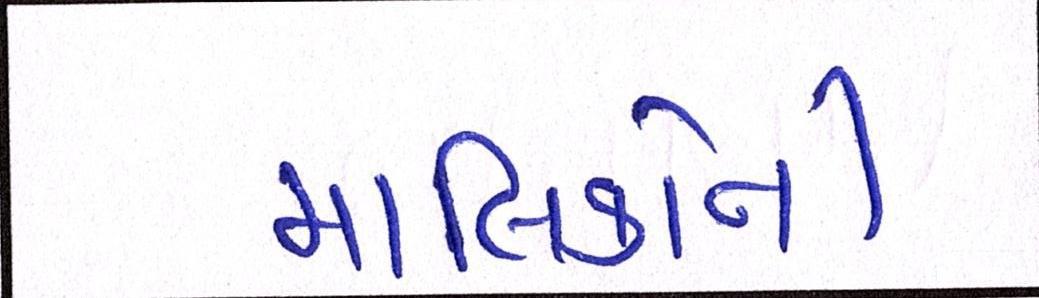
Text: માલિકોની